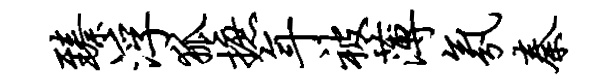
臻浮狐摭年被薄氛秦